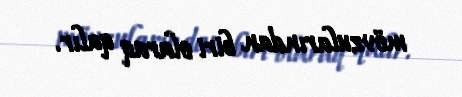
mövzularından biri olaraq qalır.